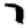
Digit: 7